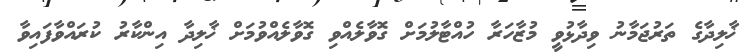
ޚާލިދާގެ ތަރުޖަމާނު ވިދާޅުވީ މުޒާހަރާ ހުއްޓާލުމަށް ގޮވާލެއްވި ގޮވާލެއްވުމަށް ޚާލިދާ އިންކާރު ކުރައްވާފައިވާ